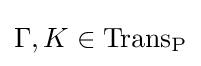
\Gamma ,K\in \mathrm {Trans_{P}}